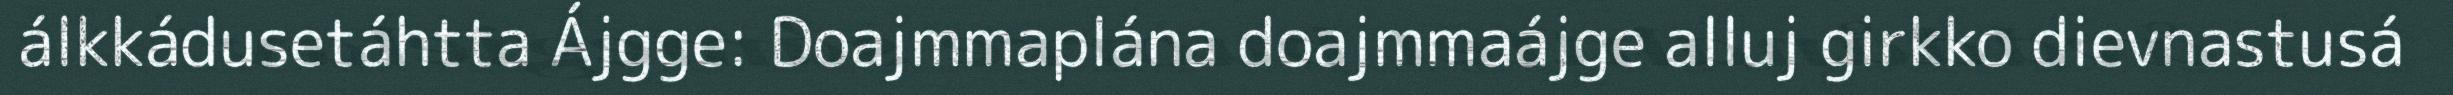
álkkádusetáhtta Ájgge: Doajmmaplána doajmmaájge alluj girkko dievnastusá